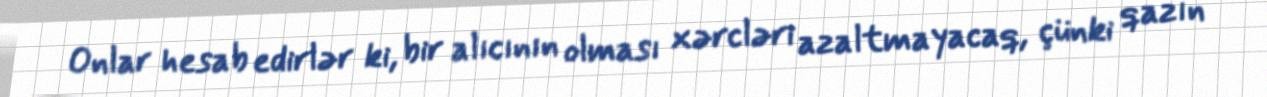
Onlar hesab edirlər ki, bir alıcının olması xərcləri azaltmayacaq, çünki qazın